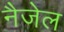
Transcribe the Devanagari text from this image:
नैजेल